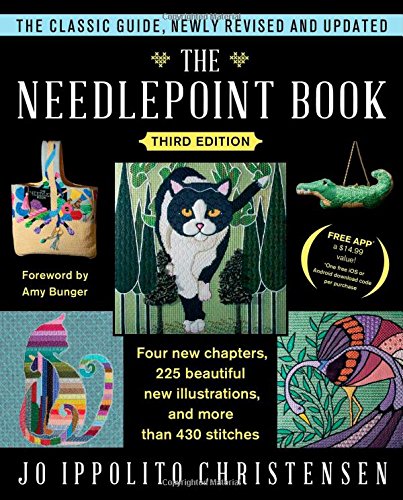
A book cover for The Needlepoint Book: New, Revised, and Updated Third Edition; Jo Ippolito Christensen; Crafts, Hobbies & Home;